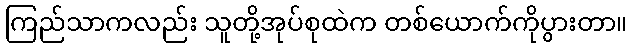
ကြည်သာကလည်း သူတို့အုပ်စုထဲက တစ်ယောက်ကိုပွားတာ။